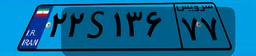
۲۲S۱۳۶۷۷